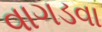
વાગડવા